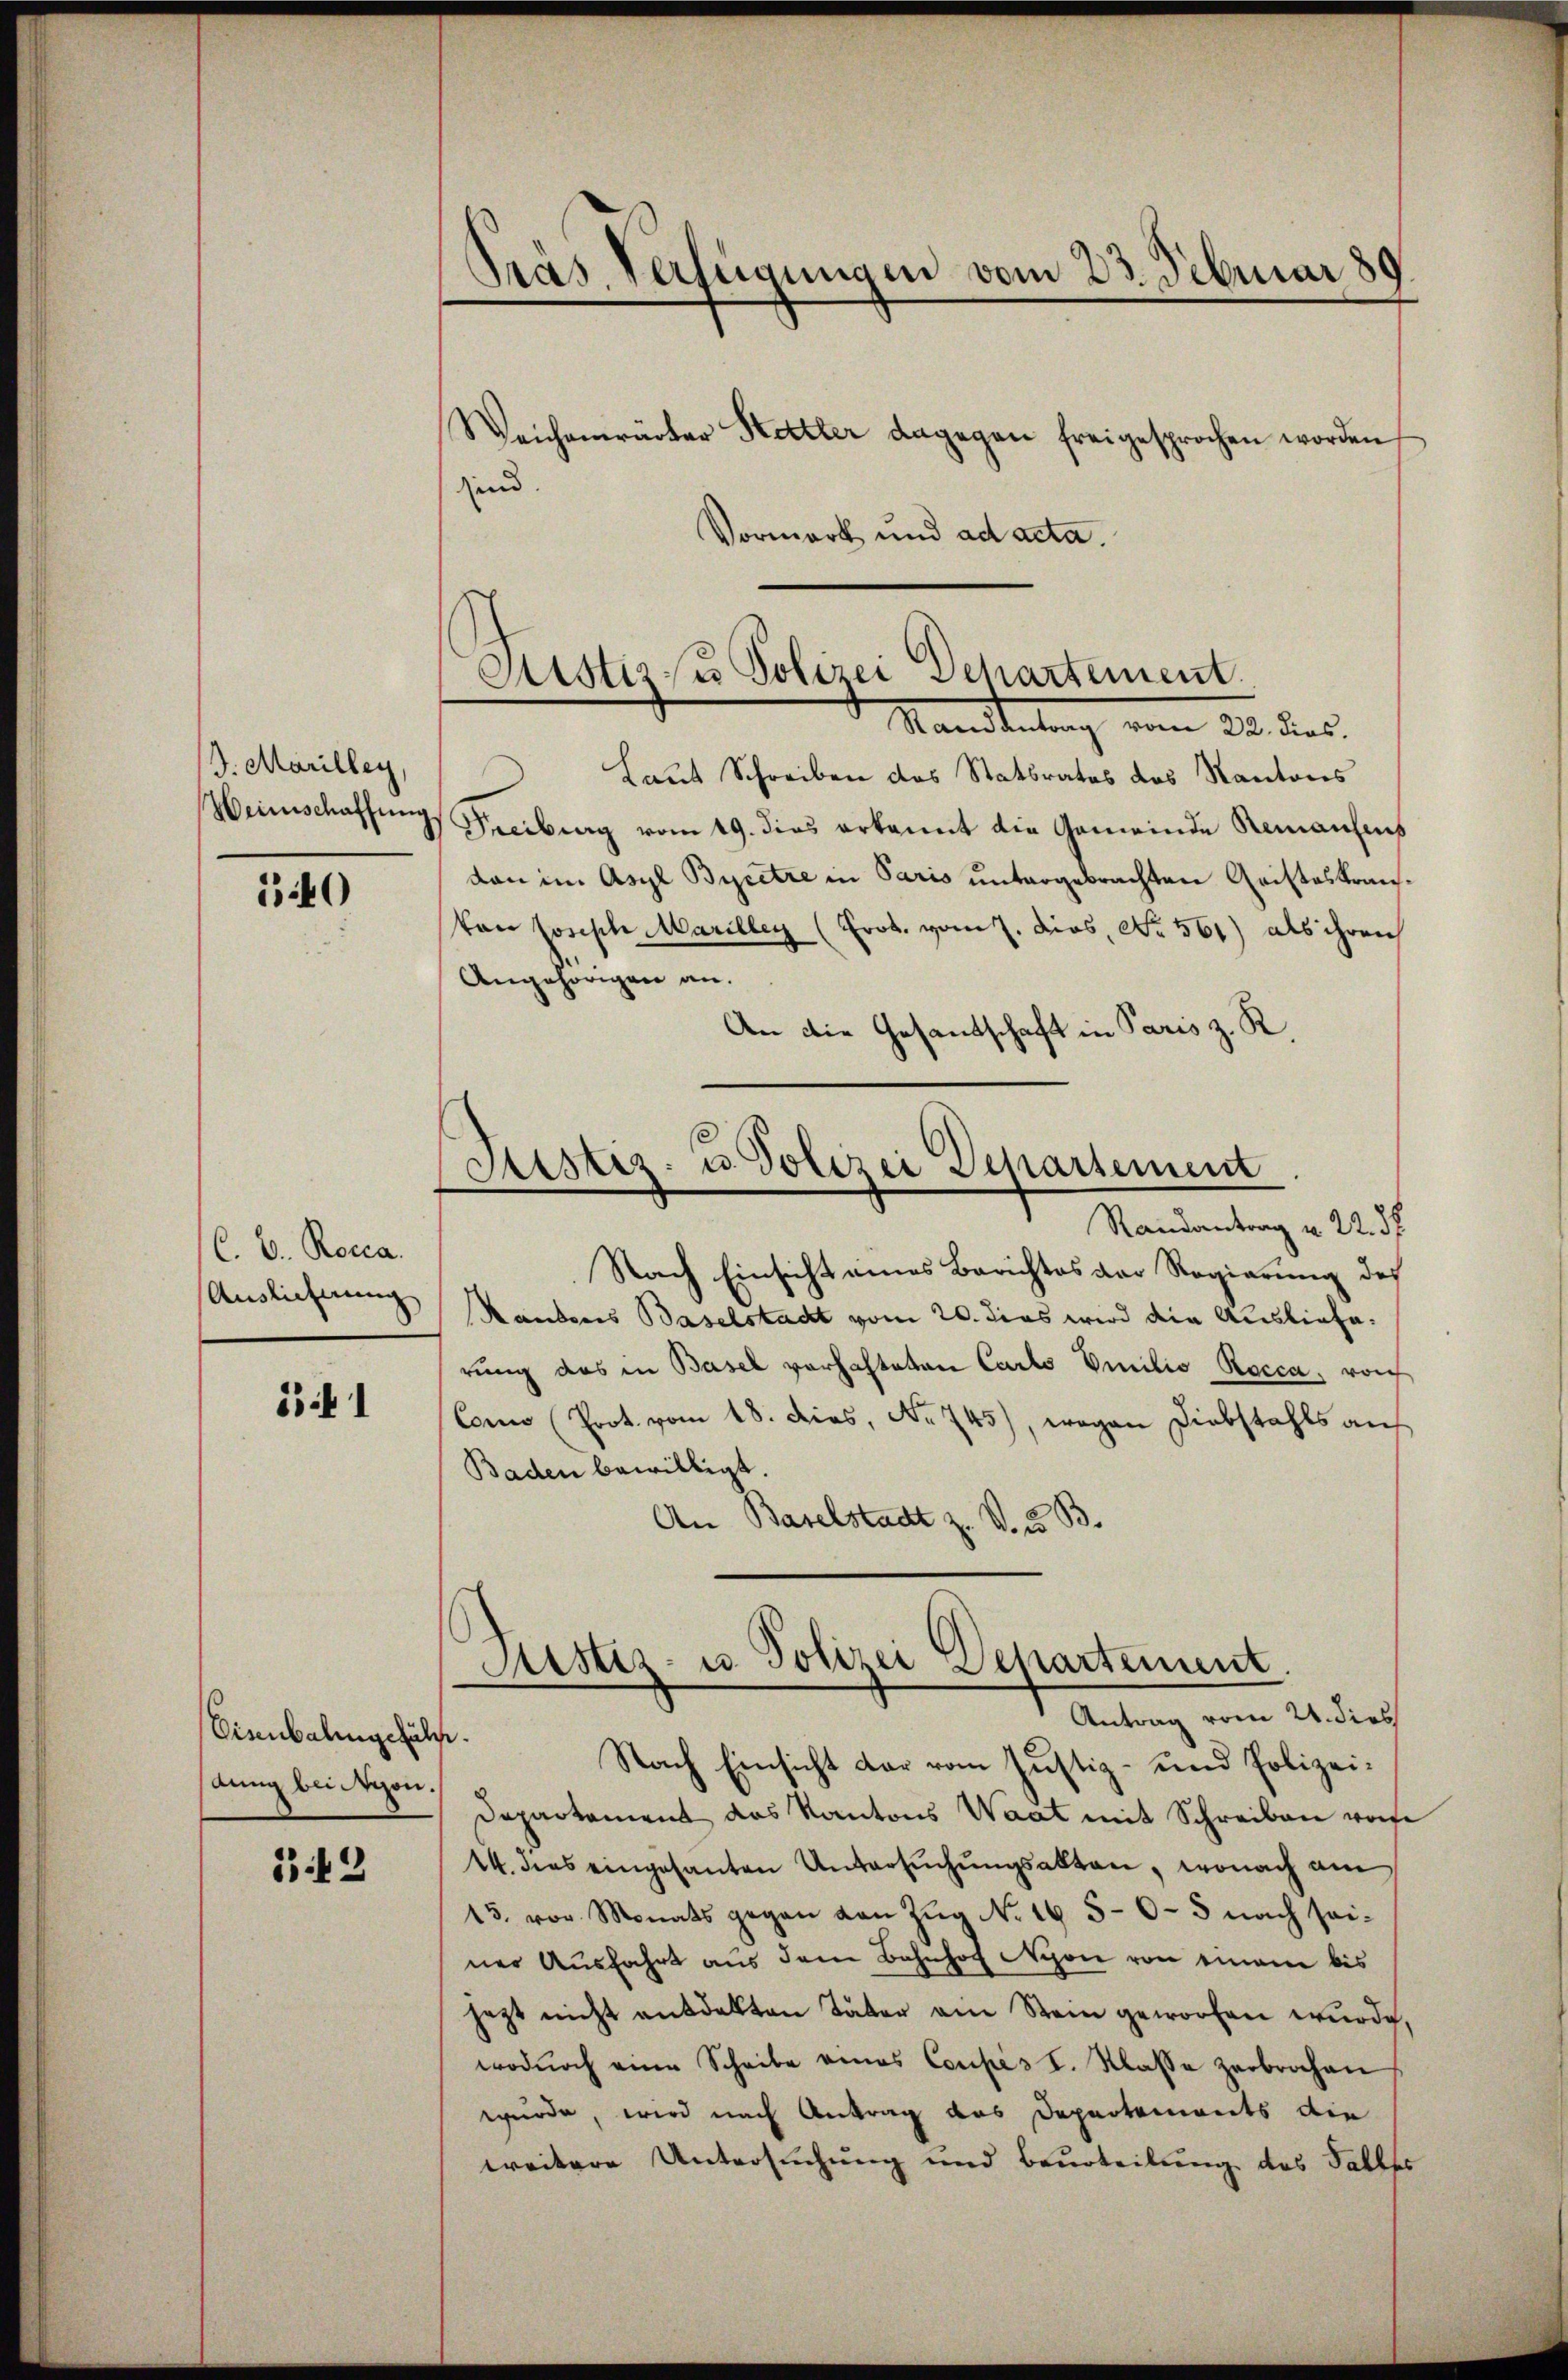
J. Marilley,
Weinschaffung

540

C. v. Rocca.
Auslichung

551

Eisenbahngefäll.
stung bei Nyon.

342

Pras Verfügungen vom 23. Februar 189
Weichenwärter Ketter dagegen freigesprochen worden,

Sistis sus Polizei Departement.
Mandeutung vom 21. dies

sind.
Vormerk und ad acta.
Laut Schreiben das Statsrates des Kantons
Freiburg vom 19. dies erkannt die Gemeinde Remanchens
dan im Asyl Byretze in Paris untergebrachten Gristeskranvon Joseph Marilleg (Frob. vom 7. dies, No. 561) als ihren
Angehörigen an.
An die Gesandschaft in Paris z. R

Sistiz- u. Polizei Departement
Randantrag u. 22. 38

Sistiz- u. Polizei Departement.
Antrag vom 24. dies
Nach Einsicht dar vom Justiz- und Polizei¬

Nach Einsicht eines Berichtes der Regierung des
Rauders Baselstadt vom 20. dies wird die Ausliefe.
rung das in Basel verhalteten Carlo Emilio Rocca, von
Con (Prot. vom 18. dies, No 745), wegen Diebstahls auf
Baden bewilligt.
An Baselstadt z. V. u. B.
Departement das Kantons Waat mit Schreiben vonse
14. dies eingesanten Untersŭchŭngsakten, wonach am
15. vor. Monats gegen von Zŭg No. 165-0-5 nach seiner Ausfahrt aus dem Bahnhof Nyon von einem bis
jezt nicht entdekten Täter am Stein geworfen wurde,
wodŭrch eine Scheibe eines Coupés I. Klasse zerbrochen
wurde, wird nach Antrag das Departements die
weitere Untersuchung und Beurteilung des Falle